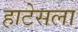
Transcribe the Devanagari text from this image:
हाटेसला